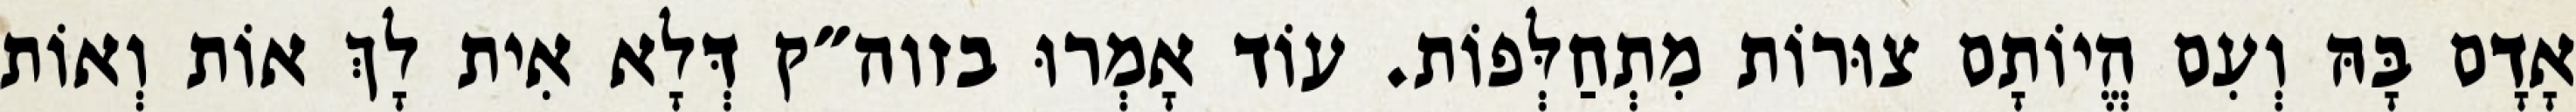
אָדָם בָּהּ וְעִם הֱיוֹתָם צוּרוֹת מִתְחַלְּפוֹת. עוֹד אָמְרוּ בזוה״ק דְּלָא אִית לָךְ אוֹת וְאוֹת